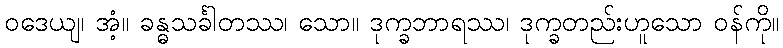
ဝဒေယျ၊ အံ့။ ခန္ဓသင်္ခါတဿ၊ သော။ ဒုက္ခဘာရဿ၊ ဒုက္ခတည်းဟူသော ဝန်ကို။